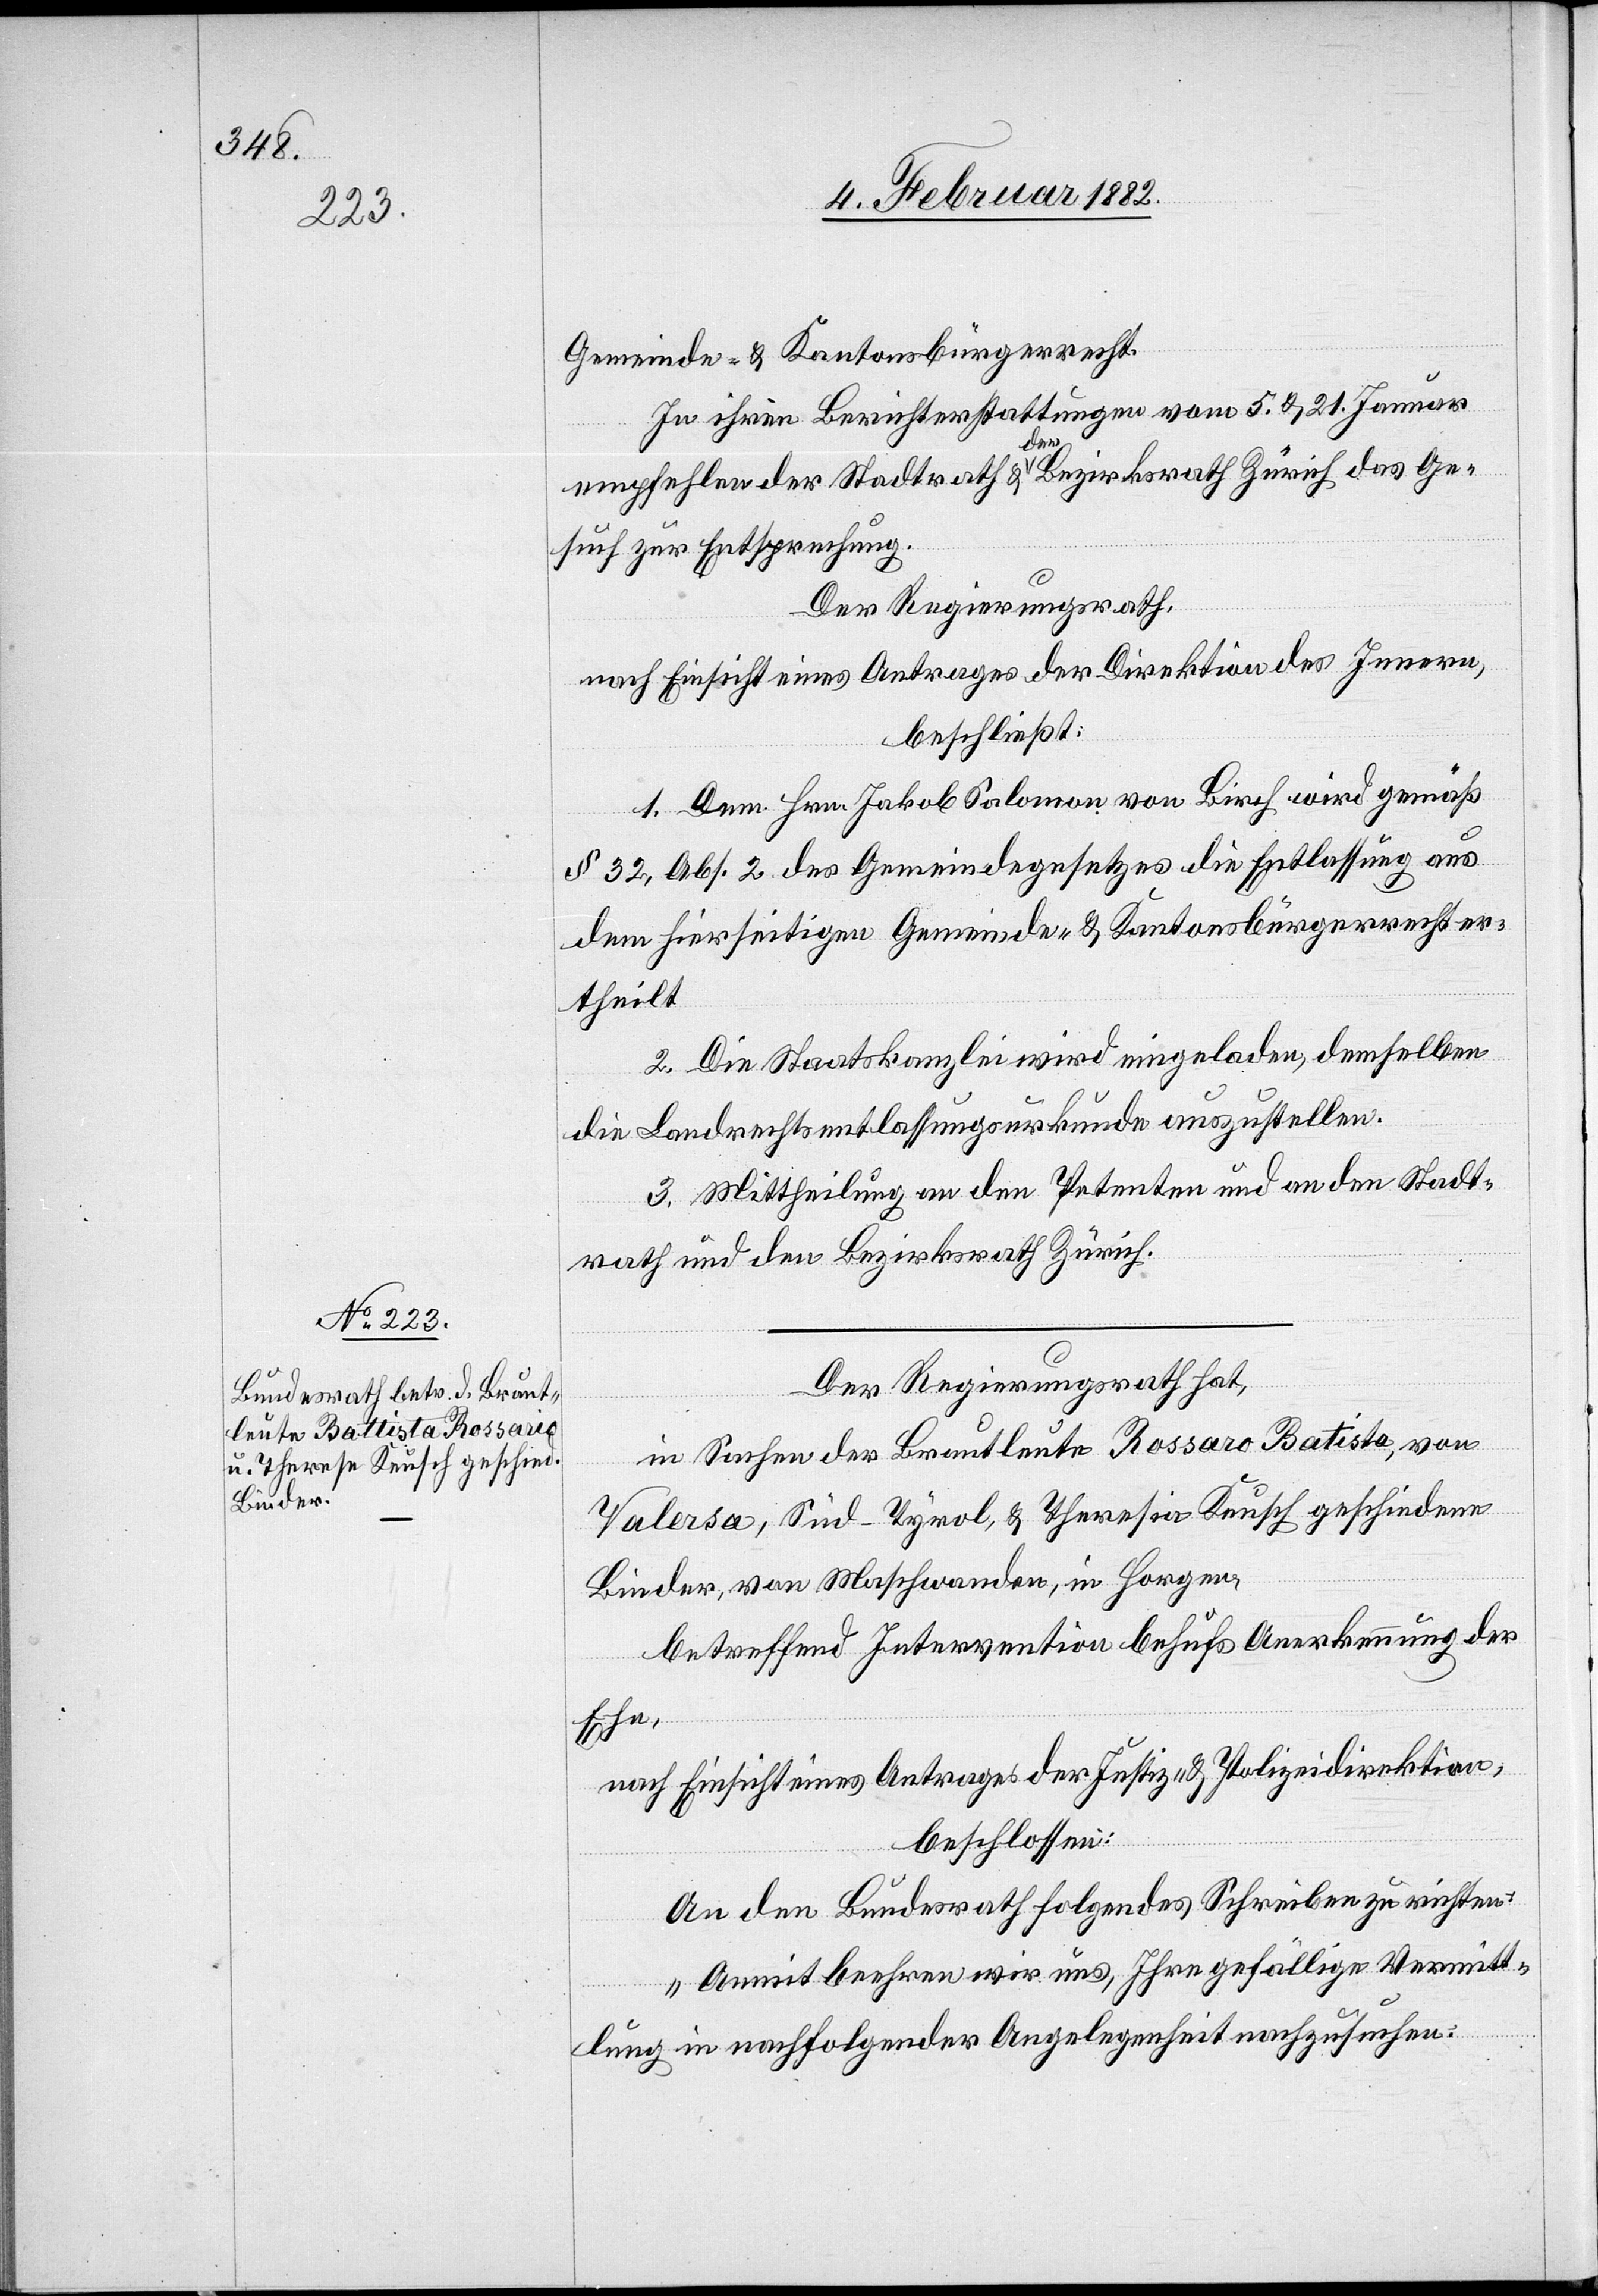
4. Februar 1882.]
Gemeinde- & Kantonsbürgerrecht.
In ihrem Berichterstattungen vom 5. & 21. Januar
empfehlen der Stadtrath & der Bezirksrath Zürich das Ge¬
such zur Entsprechung.
Der Regierungsrath,
nach Einsicht eines Antrages der Direktion des Innern,
beschließt:
1. Dem Hrn. Jakob Salomon von Birch wird gemäß
§ 32, Abs. 2 des Gemeindegesetzes die Entlassung aus
dem hierseitigen Gemeinde- & Kantonsbürgerrecht er¬
theilt.
2. Die Staatskanzlei wird eingeladen, demselben
die Landrechtsentlassungsurkunde auszustellen.
3. Mittheilung an den Petenten und an den Stadt¬
rath und den Bezirksrath Zürich.
Der Regierungsrath hat,
in Sachen der Brautleute Rossaro Batista [sic!] von
Valarsa, Süd-Tyrol, & Theresia Keusch geschiedene
Binder, von Maschwanden, in Horgen,
betreffend Intervention behufs Anerkennung der
Ehe,
nach Einsicht eines Antrages de Justiz- & Polizeidirektion,
beschlossen:
An den Bundesrath folgendes Schreiben zu richten:
„Damit beehren wir uns, Ihre gefällige Vermitt¬
lung in nachfolgender Angelegenheit nachzusuchen: